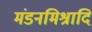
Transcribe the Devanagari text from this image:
मंडनमिश्रादि